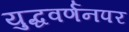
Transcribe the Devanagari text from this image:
युद्धवर्णनपर